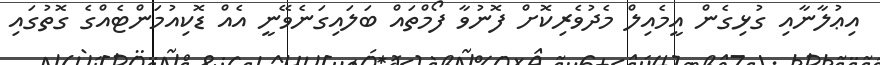
އިޢުލާނާއި ގުޅިގެން އީމެއިލް މެދުވެރިކޮށް ފޮނުވާ ފޯމްތައް ބަލައިގަނެވޭނީ އެއް ޑޮކިއުމަންޓެއްގެ ގޮތުގައި